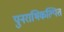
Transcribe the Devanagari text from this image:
पुनराभिकल्पित